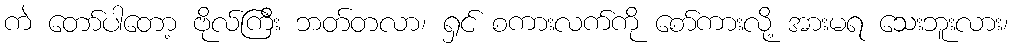
ကဲ တော်ပါတော့ ဗိုလ်ကြီး ဘတ်တလာ၊ ရှင် စကားလက်ကို စော်ကားလို့ အားမရ သေးဘူးလား၊